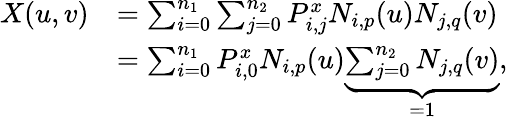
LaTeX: \begin{array}{rl}{X(u,v)}&{=\sum_{i=0}^{n_{1}}\sum_{j=0}^{n_{2}}P_{i,j}^{x}N_{i,p}(u)N_{j,q}(v)}\\ &{=\sum_{i=0}^{n_{1}}P_{i,0}^{x}N_{i,p}(u)\underbrace{\sum_{j=0}^{n_{2}}N_{j,q}(v)}_{=1},}\end{array}